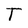
Character: T